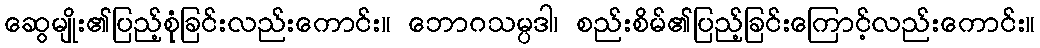
ဆွေမျိုး၏ပြည့်စုံခြင်းလည်းကောင်း။ ဘောဂသမ္ပဒါ၊ စည်းစိမ်၏ပြည့်ခြင်းကြောင့်လည်းကောင်း။